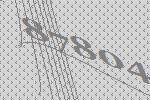
87804